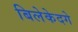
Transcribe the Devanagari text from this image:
बिलेकेदगे